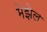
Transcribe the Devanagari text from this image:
मेझेल